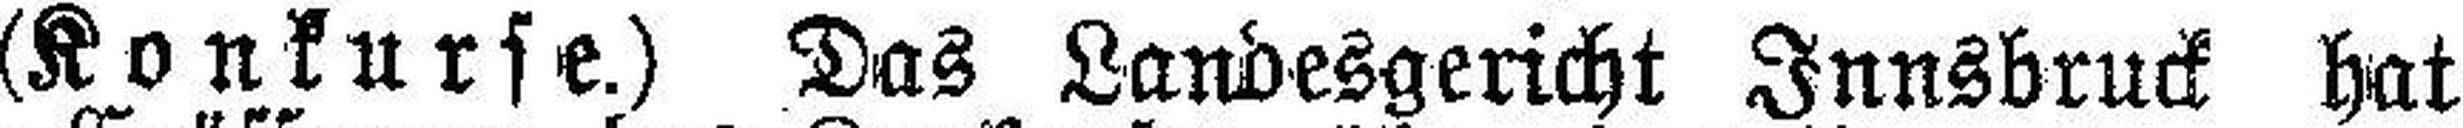
(Konkurse.) Das Landesgericht Innsbruck hat